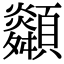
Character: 𩕶